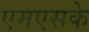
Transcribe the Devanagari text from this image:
एमएसके